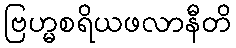
ဗြဟ္မစရိယဖလာနီတိ